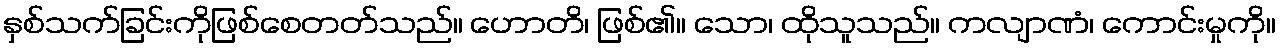
နှစ်သက်ခြင်းကိုဖြစ်စေတတ်သည်။ ဟောတိ၊ ဖြစ်၏။ သော၊ ထိုသူသည်။ ကလျာဏံ၊ ကောင်းမှုကို။